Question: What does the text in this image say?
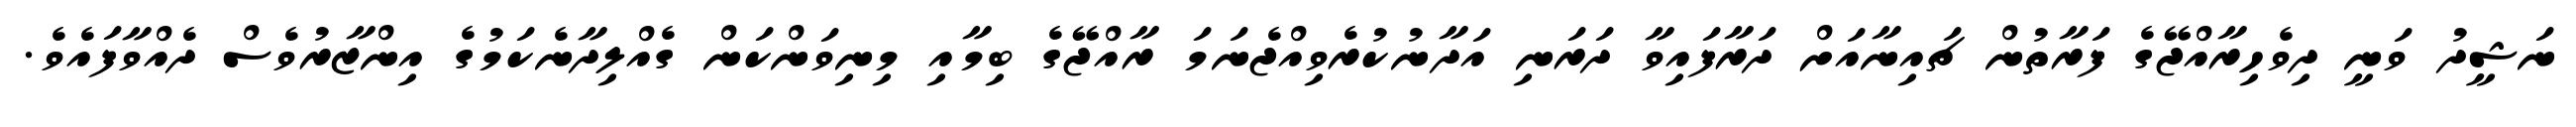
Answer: ނަޝީދު ވަނީ ދިވެހިރާއްޖޭގެ ފަރާތުން ޗައިނާއަށް ދަރާފައިވާ ދަރަނި އަދާނުކުރެވިއްޖެނަމަ ރާއްޖޭގެ ބިމާއި މިނިވަންކަން ގެއްލިދާނެކަމުގެ އިންޒާރުވެސް ދެއްވާފައެވެ.